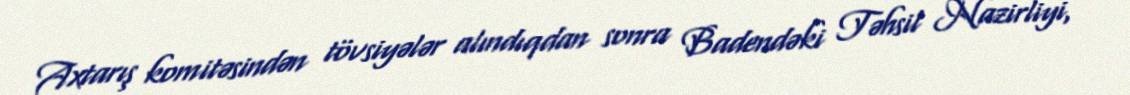
Axtarış komitəsindən tövsiyələr alındıqdan sonra Badendəki Təhsil Nazirliyi,